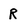
Character: R